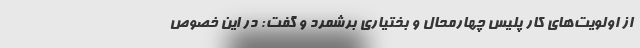
از اولویت‌های کار پلیس چهارمحال و بختیاری برشمرد و گفت: در این خصوص